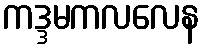
ကဒ္ဒမကလလေန